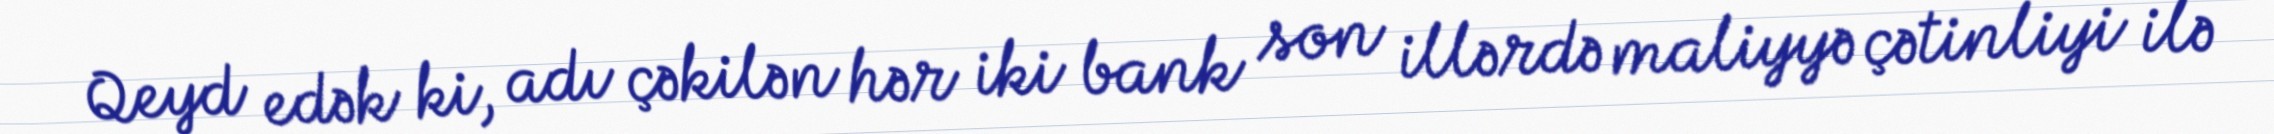
Qeyd edək ki, adı çəkilən hər iki bank son illərdə maliyyə çətinliyi ilə